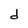
Character: d